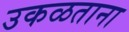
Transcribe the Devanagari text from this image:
उकळताना